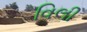
વિલી